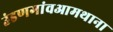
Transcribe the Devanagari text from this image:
उंडणगांवआमथाना